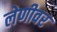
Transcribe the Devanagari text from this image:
लेणीवर